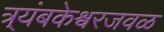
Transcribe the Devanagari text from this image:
त्र्यंबकेश्वरजवळ